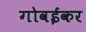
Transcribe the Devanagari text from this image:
गोवईकर